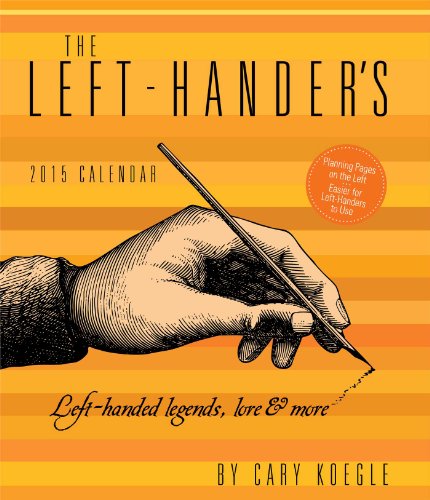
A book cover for The Left-Hander's 2015 Weekly Planner Calendar; Cary Koegle; Calendars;